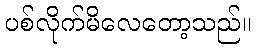
ပစ်လိုက်မိလေတော့သည်။